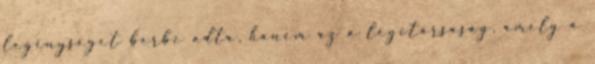
legénységet bérbe adta, hanem az a légitársaság, amely a